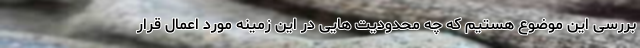
بررسی این موضوع هستیم که چه محدودیت هایی در این زمینه مورد اعمال قرار